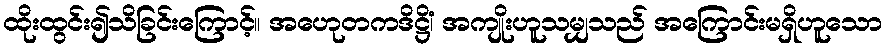
ထိုးထွင်း၍သိခြင်းကြောင့်။ အဟေုတကဒိဋ္ဌိံ၊ အကျိုးဟူသမျှသည် အကြောင်းမရှိဟူသော